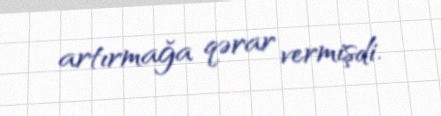
artırmağa qərar vermişdi.